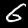
Label: 6